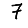
Digit: 7